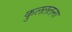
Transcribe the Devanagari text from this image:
कुलललना